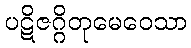
ပဋိဇဂ္ဂိတုမေဝေသာ